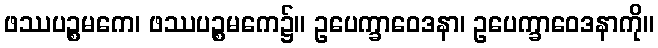
ဖဿပဉ္စမကေ၊ ဖဿပဉ္စမကေ၌။ ဥပေက္ခာဝေဒနာ၊ ဥပေက္ခာဝေဒနာကို။